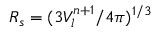
R _ { s } = ( 3 V _ { l } ^ { n + 1 } / 4 \pi ) ^ { 1 / 3 }